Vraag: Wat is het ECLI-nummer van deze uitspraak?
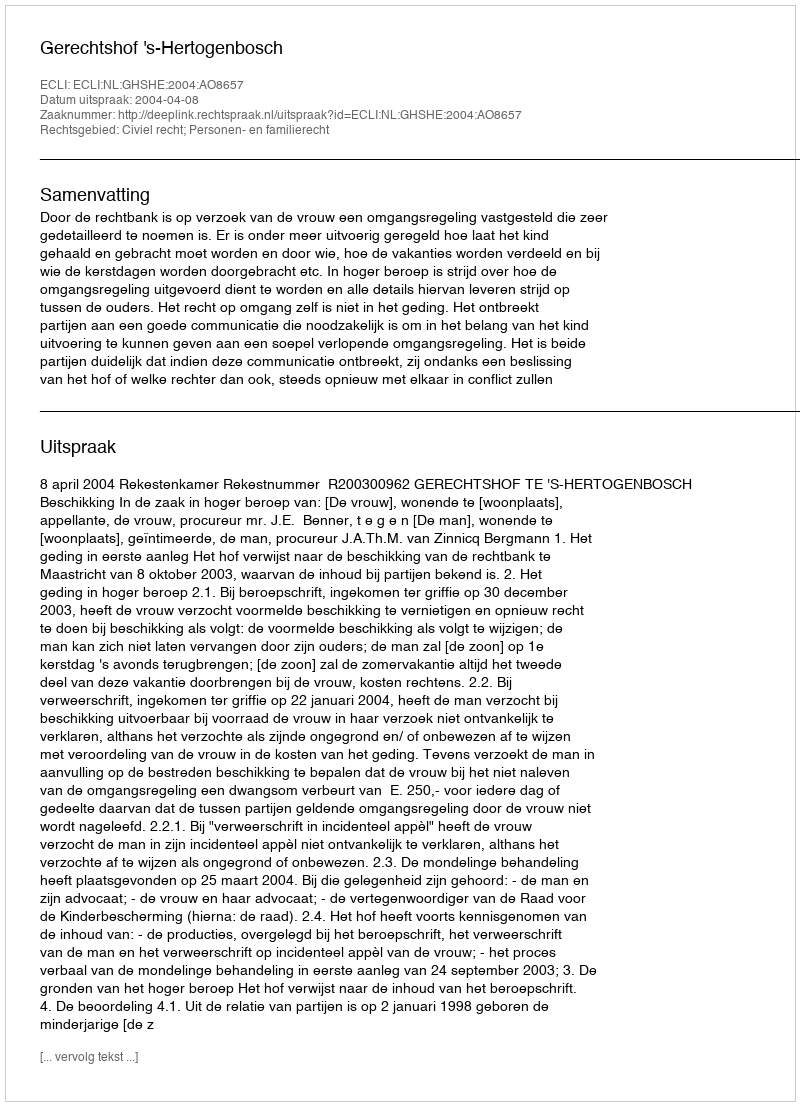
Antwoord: ECLI:NL:GHSHE:2004:AO8657